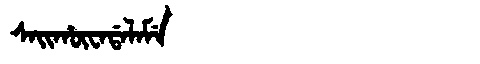
Manchu: ᠰᠠᡳᡥᡡᠸᠠᡩᠠᠯᠠᠮᡝ
Romanization: SAIHŪWADALAME